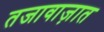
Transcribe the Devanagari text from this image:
तजावाज़ात